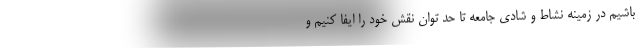
باشیم در زمینه نشاط و شادی جامعه تا حد توان نقش خود را ایفا کنیم و